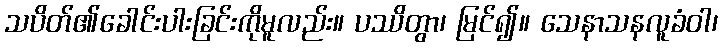
သပိတ်၏ခေါင်းပါးခြင်းကိုမူလည်း။ ပဿိတွာ၊ မြင်၍။ သေနာသနလူခံဝါ၊